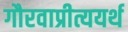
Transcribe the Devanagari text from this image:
गौरवाप्रीत्ययर्थ